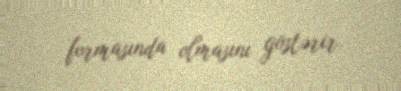
formasında olmasını göstərir.